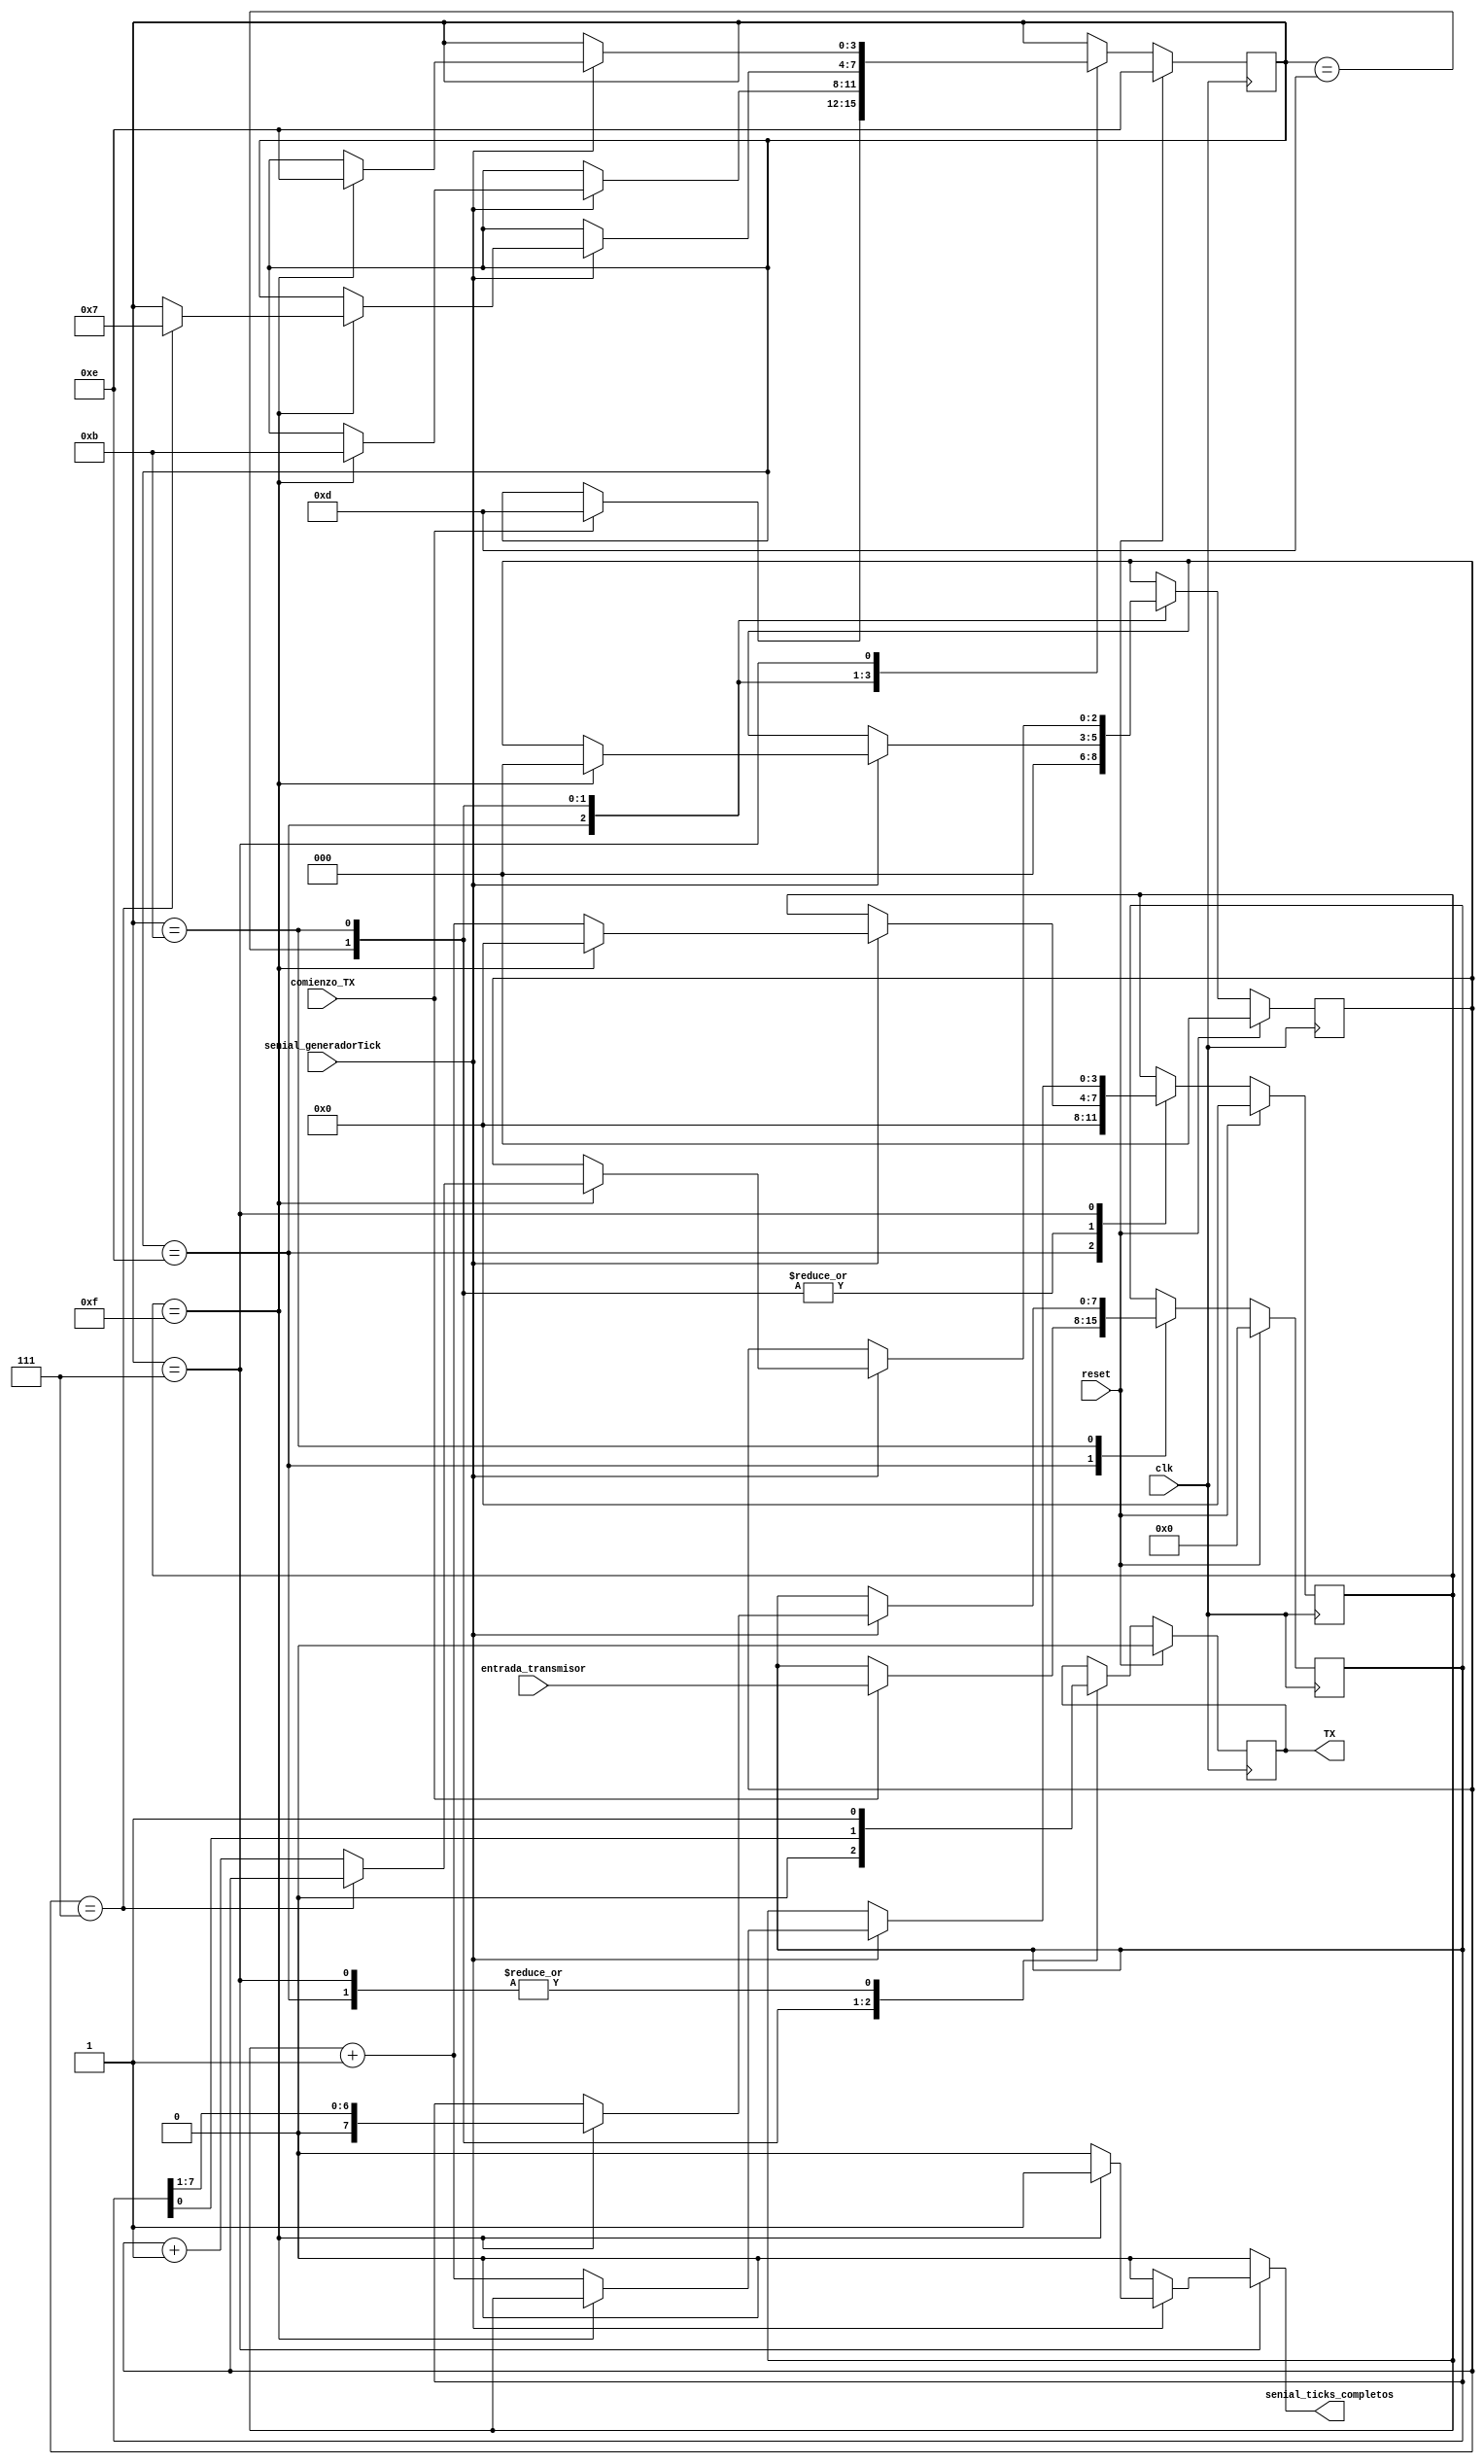
`timescale 1ns / 1ps
module Transmisor
#(
    parameter   ancho_dato = 8
)
(
    /*-----Entradas al modulo-----*/
    input wire clk,
    input wire reset,
    input wire comienzo_TX,
    input wire senial_generadorTick,
    input wire [(ancho_dato-1):0] entrada_transmisor,  
   
   /*-----Salidas al modulo-----*/	 
	output reg senial_ticks_completos, 
	output wire TX
);

    /*---------Estados---------*/
    //CODIFICACION ONE-COLD
    localparam WAIT=    4'b1110;// E     // estado WAIT , espera por el bit de start.
    localparam START=   4'b1101;//D      //START, bit que indica el comienzo de la comunicacion.
    localparam DATA=    4'b1011;// B     //DATA, indica el comiendo del envio de datos, hacia el receptor .
    localparam STOP=    4'b0111;//7      //STOP, indica la finalizacion de la comunicacion.
    
    reg [3:0] estado_actual;                                        //cuando inicializo el primer estado cargado es el idle
    reg [3:0] estado_siguiente;                                   //sigueinte estado va a ser start cuando llegue el 0 logico

    reg [3:0] contadorTicks_actual;                             //cuenta la cantidad de ticks recibidos para saber cuando leer el dato
    reg [3:0] contadorTicks_siguiente; 

    reg [2:0] contadorDatos_actual;                            //cuenta la cantidad de datos recibidos, debe contar hasta 8
    reg [2:0] contadorDatos_siguiente;

    reg [(ancho_dato-1):0] registroDatos_actual;        //datos a la salida 
    reg [(ancho_dato-1):0] registroDatos_siguiente;
    
    reg bit_transmitir_actual; 
    reg bit_transmitir_siguiente;
    
/*--------------------------------------Bloque secuencial--------------------------------------*/        
always @(posedge clk)
    begin   
	   if (reset)  
		  begin  
			 estado_actual <= WAIT;             //volvemos al estado wait
	 
			contadorTicks_actual <= 4'b0000;        //cantidad de ticks contado = 0
 
			contadorDatos_actual <= 3'b000;      //cantidad de datos contados
 
			registroDatos_actual <= 8'b00000000; 
  
			bit_transmitir_actual <= 1'b0;
		  end 
	else  
		begin  
			estado_actual <= estado_siguiente;
			contadorTicks_actual <= contadorTicks_siguiente;  
			contadorDatos_actual <= contadorDatos_siguiente;  
			registroDatos_actual <= registroDatos_siguiente;  
			bit_transmitir_actual <= bit_transmitir_siguiente;  
		end
end

assign TX = bit_transmitir_actual;


/*--------------------------------------Bloque puramente combinacional --------------------------------------*/     
always @(*)  
begin 
	estado_siguiente = estado_actual;  
	senial_ticks_completos 	= 1'b0;  
	contadorTicks_siguiente = contadorTicks_actual;  
    contadorDatos_siguiente = contadorDatos_actual;  
	registroDatos_siguiente = registroDatos_actual;  
	bit_transmitir_siguiente = bit_transmitir_actual; 
	
	case (estado_actual)  
	/*------------------------------------------------------------------------------------------------------------*/
		WAIT: 
			begin
			    contadorTicks_siguiente = 4'b0000;
                contadorDatos_siguiente = 3'b000;			   
				bit_transmitir_siguiente = 1'b1;
				  
				if (comienzo_TX == 1'b1)  
				    begin  
					   estado_siguiente = START;  
					   contadorDatos_siguiente = 0;  
					   registroDatos_siguiente =  entrada_transmisor;  
				    end 
			end 
	/*------------------------------------------------------------------------------------------------------------*/
		START : 
			begin  
				bit_transmitir_siguiente = 1'b0;  
				if (senial_generadorTick) //si llego un tick de generador de baudios
				    begin 
					   if (contadorTicks_actual == 15)  //si se contaron 15 ticks ya
						  begin  
							estado_siguiente = DATA;  //proximo estado va a ser "data"
							contadorTicks_siguiente = 0;  //reseteo el contador de ticks
							contadorDatos_siguiente = 0;  //reseteo el contador de dator reconocidos
						end 
					else 
					   begin 
						  contadorTicks_siguiente = contadorTicks_actual + 1 ;  //sino se llego a los 15 ticks, incremento el contador de ticks
                       end
                end
			end 
	/*------------------------------------------------------------------------------------------------------------*/
		DATA :  
			begin 
				bit_transmitir_siguiente = registroDatos_actual[0]; //en tx_next voy a colocar el primer elemento del registro que contiene los datos reconocidos // trasnsimitr el 7
				if (senial_generadorTick)  //si llego un tick del generador de baudios
					if (contadorTicks_actual == 15)  //si se llego a los 15 ticks
						begin  
							contadorTicks_siguiente = 0 ;  //reseteo el contador de ticks
							registroDatos_siguiente = registroDatos_actual  >> 1;  //despalzo los datos reconocidos una posicion //shift <<
	                          //PRIMER BIT TRANSMITIDO "MSB", ULTIMO BIT TRANSMITIDO "LSB"
							if  (contadorDatos_actual==(ancho_dato-1)) //si ya se reconocieron los 8 datos
							     begin
								    estado_siguiente=  STOP; //siguiente estado "stop"
						          end
							else  
							     begin
								    contadorDatos_siguiente = contadorDatos_actual + 1; //sino se reconocieron todos los datos, incremento el contador de datos reconocidos
							     end
						end 
					else 
					   begin 
						  contadorTicks_siguiente = contadorTicks_actual + 1;  //sino se llego a los 15 ticks, incremento el contador de ticks
					   end
			end 
	/*------------------------------------------------------------------------------------------------------------*/
		STOP : 
			begin  
				bit_transmitir_siguiente = 1'b1;  //indico que en el proximo se pueden transmitir los datos
				if (senial_generadorTick)  //si llega un tick del generador de baudios
					if  (contadorTicks_actual == 15)  //si se llego a la cantidad de ticks necesarias para contar hasta la mitad del bit de stop
						begin
							estado_siguiente=  WAIT;  //vuelve al estado inicial
							senial_ticks_completos 	= 1'b1;  //habilito la seal de salida por tick
						end 
					else  
						contadorTicks_siguiente =contadorTicks_actual + 1; //sino se llego a la cantidad de ticks, incrementa el contador de ticks
			end 
	endcase  
end 

        
endmodule